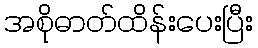
အစိုဓာတ်ထိန်းပေးပြီး